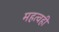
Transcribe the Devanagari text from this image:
महत्वही